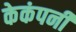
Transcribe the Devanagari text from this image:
केकंपनी